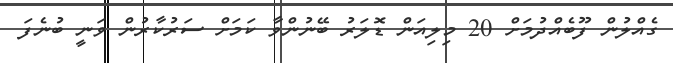
ގެއްލުން ފޫބެއްދުމަށް 20 މިލިއަން ޑޮލަރު ބޭނުންވާ ކަމަށް ސަރުކާރުން ވަނީ ބުނެފަ